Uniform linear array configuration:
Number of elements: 4
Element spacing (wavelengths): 0.25
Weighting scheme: blackman
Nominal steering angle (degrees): -45
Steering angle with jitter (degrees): -43.689
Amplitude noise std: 0.05
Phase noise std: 0.05

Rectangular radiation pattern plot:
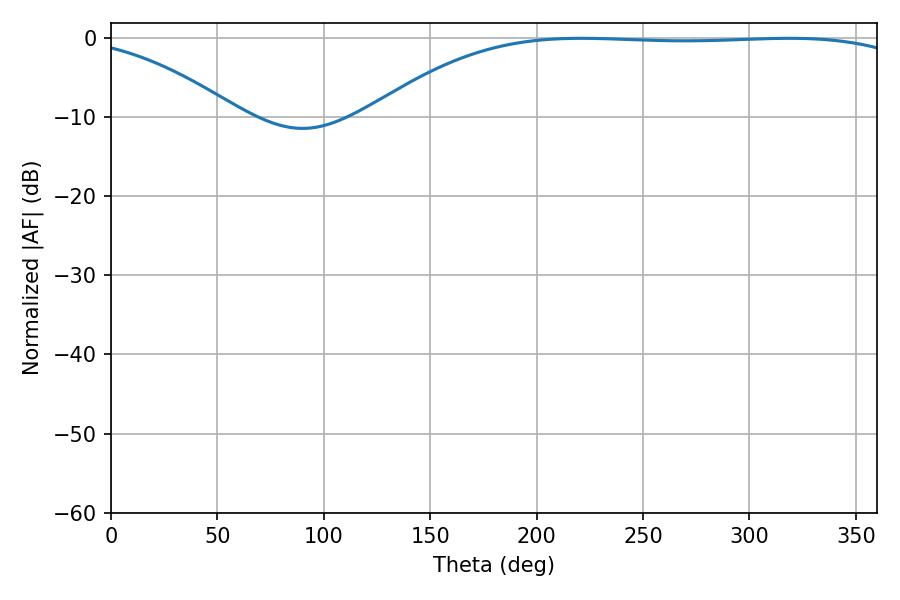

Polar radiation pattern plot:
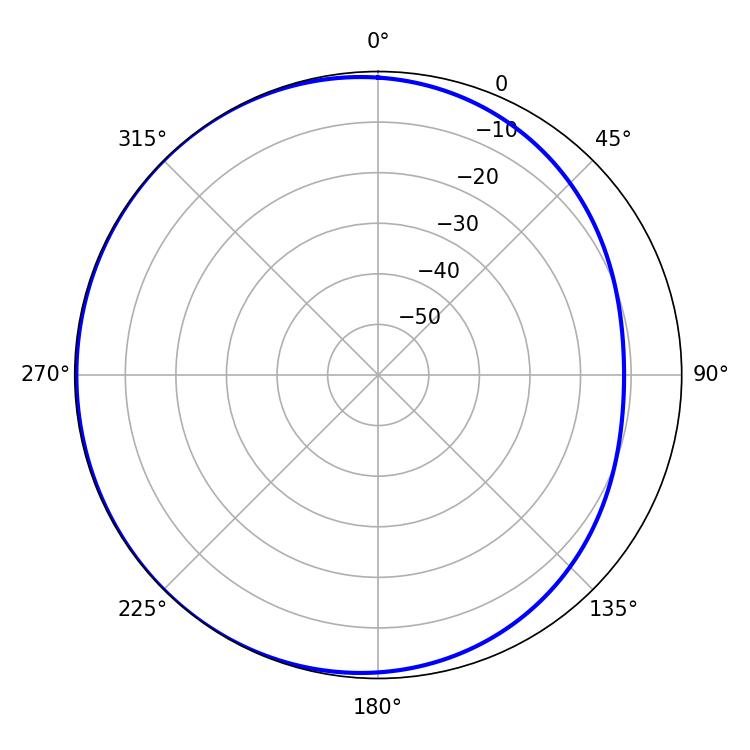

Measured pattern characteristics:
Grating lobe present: FALSE
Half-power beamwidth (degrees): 199.98
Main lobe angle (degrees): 221.04